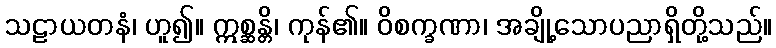
သဠာယတနံ၊ ဟူ၍။ ဣစ္ဆန္တိ၊ ကုန်၏။ ဝိစက္ခဏာ၊ အချို့သောပညာရှိတို့သည်။